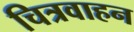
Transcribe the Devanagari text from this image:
चित्रवाहन